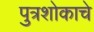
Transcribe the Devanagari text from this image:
पुत्रशोकाचे